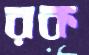
রক